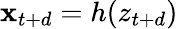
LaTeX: \mathbf{x}_{t+d}=h(z_{t+d})